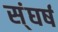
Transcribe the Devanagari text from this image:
स्ंघर्ष